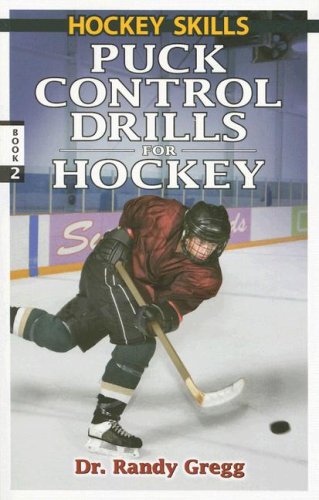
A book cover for Puck Control Drills for Hockey (Hockey Skills); Randy Gregg; Sports & Outdoors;